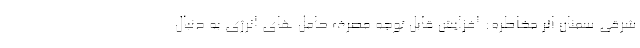
شرقی سمنان اثر مخاطره: افزایش قابل توجه مصرف حامل های انرژی به دنبال